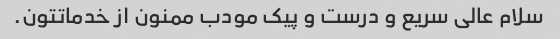
سلام عالی سریع و درست و پیک مودب ممنون از خدماتتون.